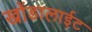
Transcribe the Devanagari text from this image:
खोंडालाईट